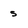
Character: s